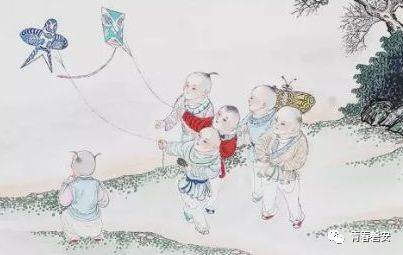
雨余溪水掠堤平，闲看村童谢晚晴。